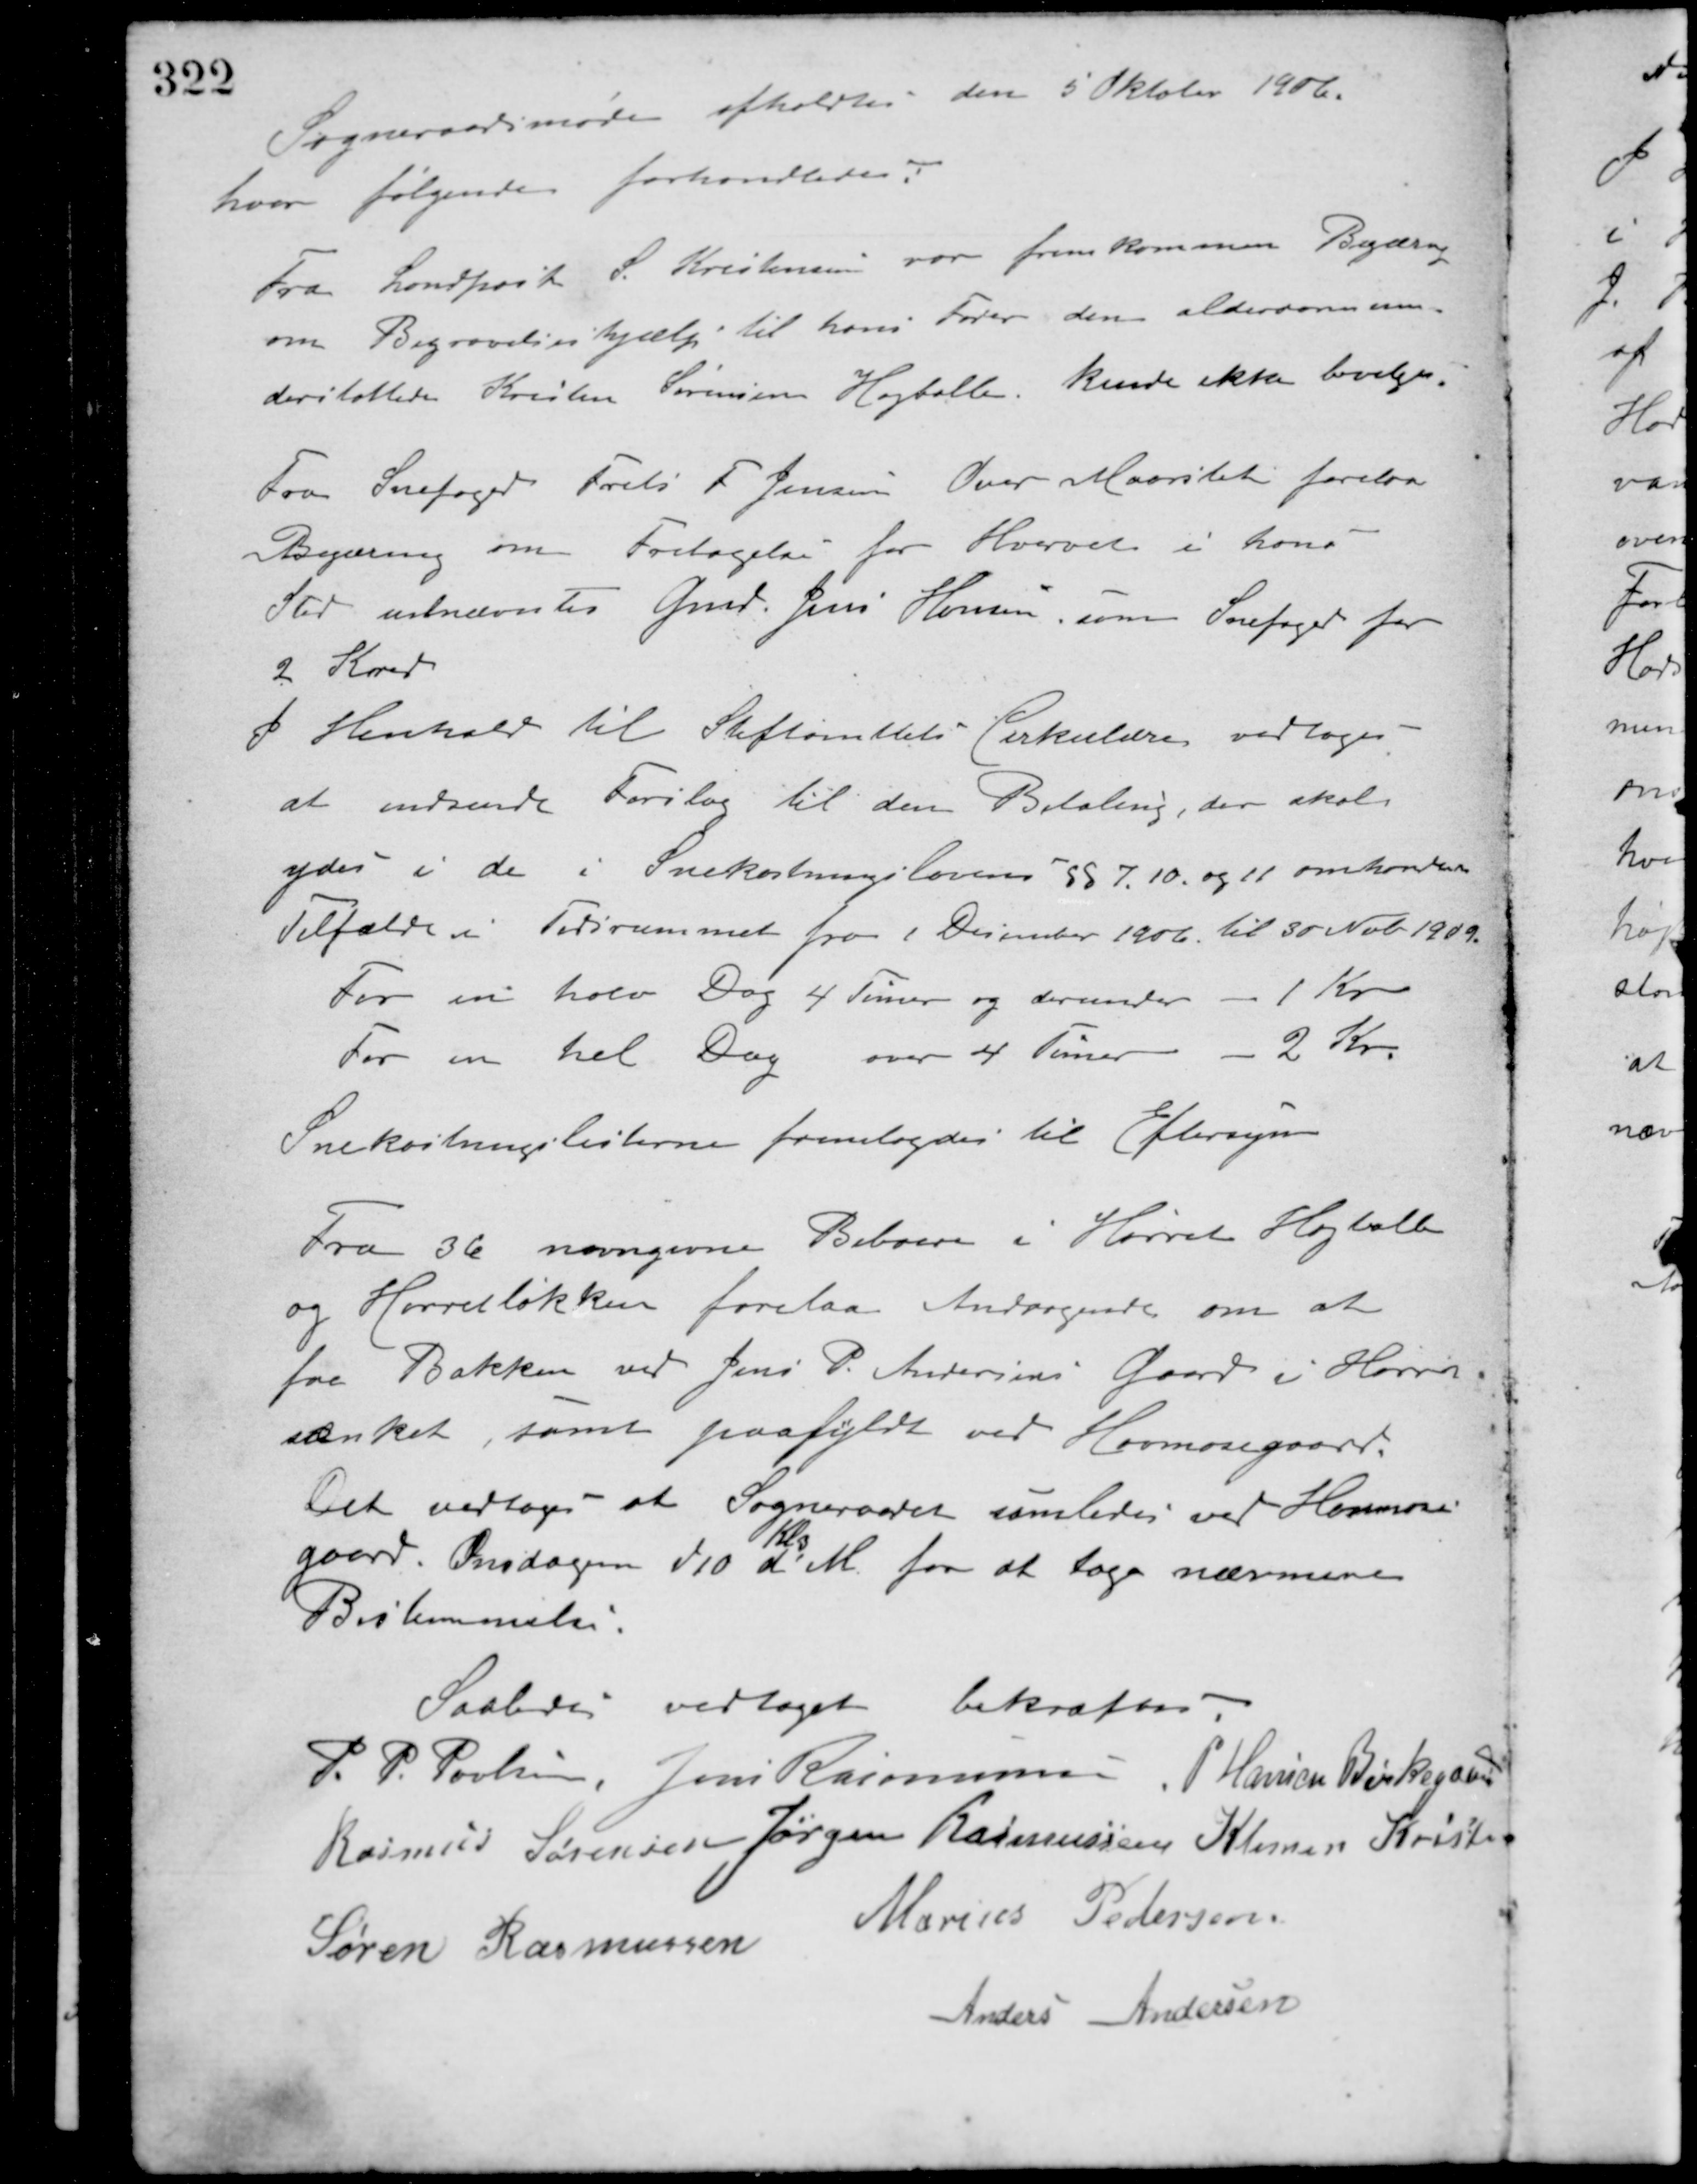
Transskription:
Sogneraadsmøde afholdtes den 5 Oktober 1906.
hvor følgende forhandledes:
Fra Landpost S. Kristensen var fremkommen Begæring
om Begravelseshjælp til hans Fader den alderdomsun-
derstøttede Kristen Sørensen Højballe, kunde ikke bevilges.
Fra Snefoged Frede F. Jensen Over Maarslet forelaa
Begæring om Fritagelse for Hvervet i hans
Sted udnævntes Gmd. Jens Hansen, som Snefoged for
2 Kreds.
I Henhold til Stiftamtets Cirkulære vedtoges
at indsende Forslag til den Betaling, der skal
ydes i de i Snekastningslovens §§ 7, 10 og 11 omhandlede
Tilfælde i Tidsrummet fra 1 December 1906 til 30 Nob. 1909.
For en halv Dag 4 Timer og derunder - 1 Kr.
For en hel Dag over 4 Timer - 2 Kr.
Snekastningslisterne fremlagdes til Eftersyn.
Fra 36 navngivne Beboere i Hørret Højballe
og Hørretløkken forelaa Andragende om at
faa Bakken ved Jens P. Andersens Gaard i Hørret
sænket, samt paafyldt ved Havmosegaard.
Det vedtoges at Sogneraadet samledes ved Havmose-
gaard Onsdagen d. 10
Kl. 3
d. M. for at tage nærmere
Bestemmelse.
Saaledes vedtaget bekræftes.
P. P. Poulsen Jens Rasmussen P. Hansen Birkegaard
Rasmus Sørensen Jørgen Rasmussen Klemen Kristensen
Søren Rasmussen
Marius Pedersen
Anders Andersen